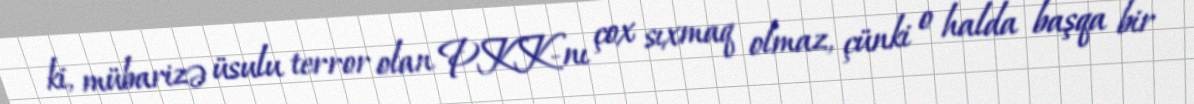
ki, mübarizə üsulu terror olan PKK-nı çox sıxmaq olmaz, çünki o halda başqa bir